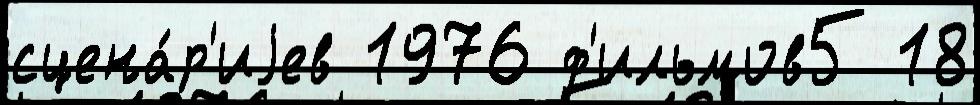
сцена́р'иjев 1976 ф'ильмов5 18